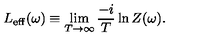
L _ { \mathrm { e f f } } ( \omega ) \equiv \lim _ { T \to \infty } \frac { - i } { T } \ln Z ( \omega ) .